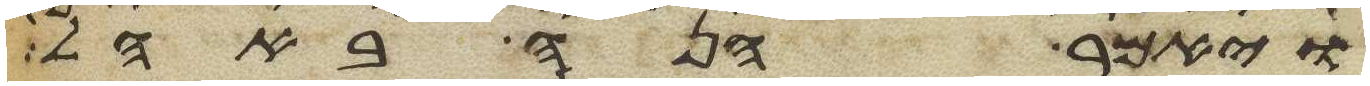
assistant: ויאמר הנה באהל